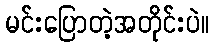
မင်းပြောတဲ့အတိုင်းပဲ။